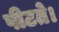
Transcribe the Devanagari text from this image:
पीटते।